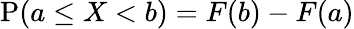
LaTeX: \operatorname{P}(a\leq X<b)=F(b)-F(a)